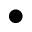
\bullet